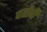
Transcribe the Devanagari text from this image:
पहोची